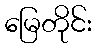
မြေတိုင်း